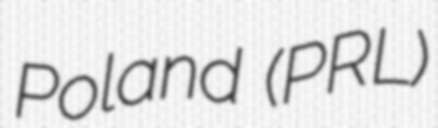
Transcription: Poland (PRL)